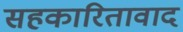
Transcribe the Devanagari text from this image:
सहकारितावाद